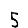
Digit: 5